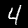
Digit: 4